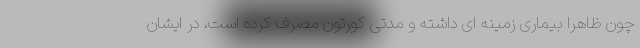
چون ظاهرا بیماری زمینه ای داشته و مدتی کورتون مصرف کرده است، در ایشان